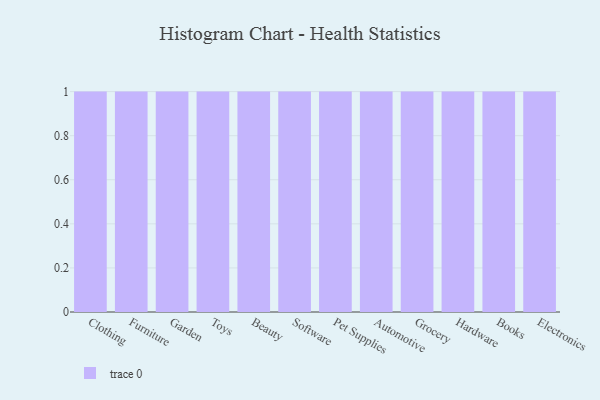
{"axis": {"x": "Category", "y": "Page Views"}, "legend": [""], "data": [{"x": "Clothing", "y": 90, "type": ""}, {"x": "Furniture", "y": 98, "type": ""}, {"x": "Garden", "y": 65, "type": ""}, {"x": "Toys", "y": 99, "type": ""}, {"x": "Beauty", "y": 70, "type": ""}, {"x": "Software", "y": 53, "type": ""}, {"x": "Pet Supplies", "y": 94, "type": ""}, {"x": "Automotive", "y": 4, "type": ""}, {"x": "Grocery", "y": 72, "type": ""}, {"x": "Hardware", "y": 28, "type": ""}, {"x": "Books", "y": 78, "type": ""}, {"x": "Electronics", "y": 94, "type": ""}]}